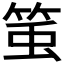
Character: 𥭥